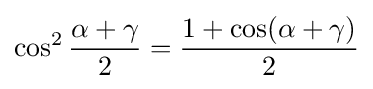
\cos ^{2}{\frac {\alpha +\gamma }{2}}={\frac {1+\cos(\alpha +\gamma )}{2}}